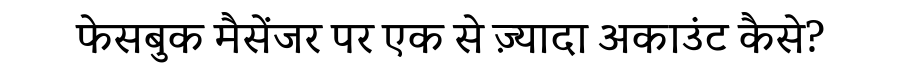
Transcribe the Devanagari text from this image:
फेसबुक मैसेंजर पर एक से ज़्यादा अकाउंट कैसे?